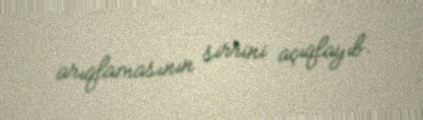
arıqlamasının sirrini açıqlayıb.